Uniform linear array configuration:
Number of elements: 64
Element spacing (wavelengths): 0.25
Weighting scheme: kaiser
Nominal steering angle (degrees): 15
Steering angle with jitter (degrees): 14.38
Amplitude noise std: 0.05
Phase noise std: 0.05

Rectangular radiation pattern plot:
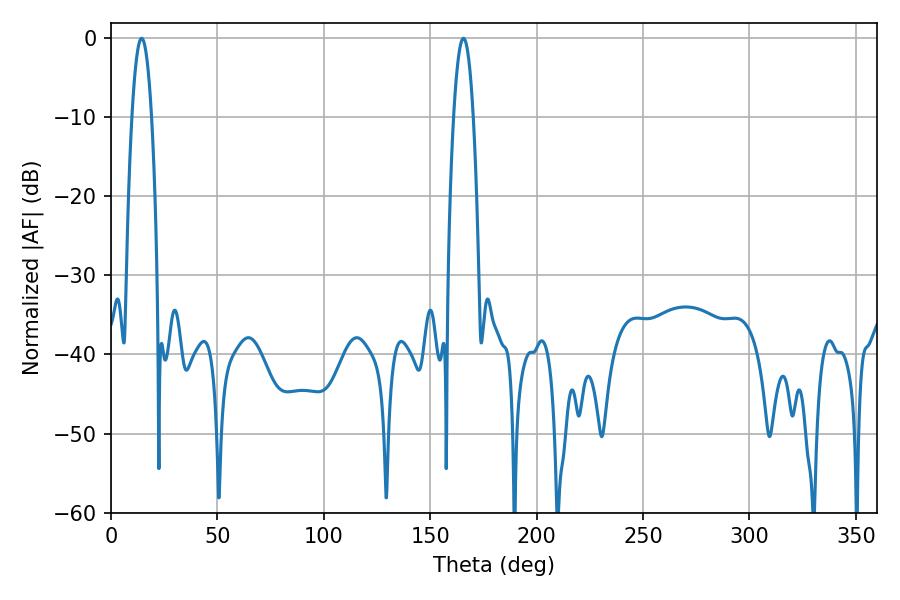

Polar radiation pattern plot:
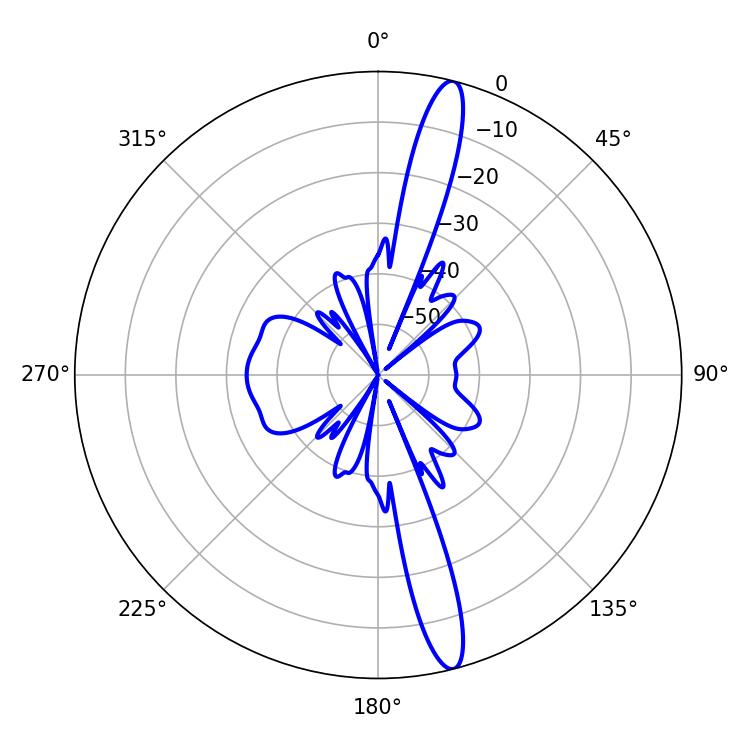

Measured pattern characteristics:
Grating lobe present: FALSE
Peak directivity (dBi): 16.241
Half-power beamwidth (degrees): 5.04
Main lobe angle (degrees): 165.6